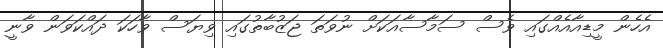
އެހެން މީޑިއާއެއްގައި ވެސް ސަމާސާއަކަށް ނުވަތަ ޖަޒުބާތުގައި ވިޔަސް ވާހަކަ ދައްކަވަން ވާނީ